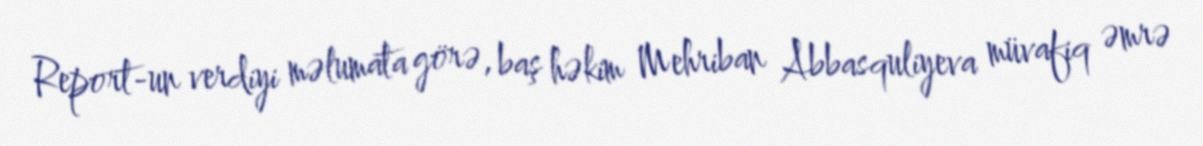
Report-un verdiyi məlumata görə, baş həkim Mehriban Abbasquliyeva müvafiq əmrə